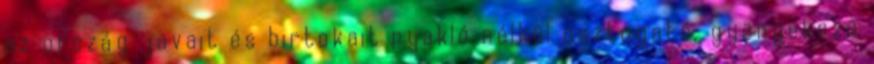
az ország javait és birtokait nyakló nélkül osztogató, gyöngekezű